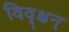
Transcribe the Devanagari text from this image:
विवृश्चन्